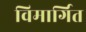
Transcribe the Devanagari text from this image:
विमार्गित